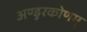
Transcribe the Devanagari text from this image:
अण्डुरकोणम्